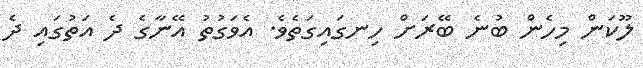
ލޫކަން މިހެން ބުނެ ބޭރަށް ހިނގައިގަތެވެ. އެވަގުތު އޭނާގެ ދެ އަތުގައި ދެ